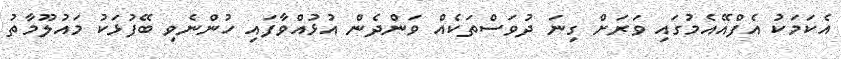
އެކަމަކު އެފްއޭއެމުގައި ވަރަށް ގިނަ ދުވަސްތަކެއް ވަންދެން އުޅުއްވާފައި ހުންނެވި ބޭފުޅަކު މައުލޫމާތު